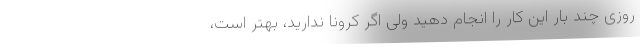
روزی چند بار این کار را انجام دهید ولی اگر کرونا ندارید، بهتر است،